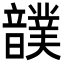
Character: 𩑀